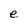
Character: e